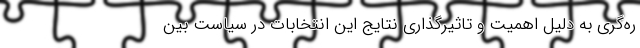
ره‌گری به دلیل اهمیت و تاثیرگذاری نتایج این انتخابات در سیاست بین